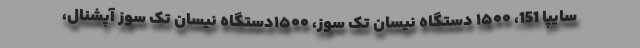
سایپا 151، ۱۵۰۰ دستگاه نیسان تک سوز، ۱۵۰۰دستگاه نیسان تک سوز آپشنال،